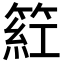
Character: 𬕡